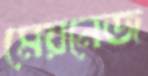
মেয়নেজ